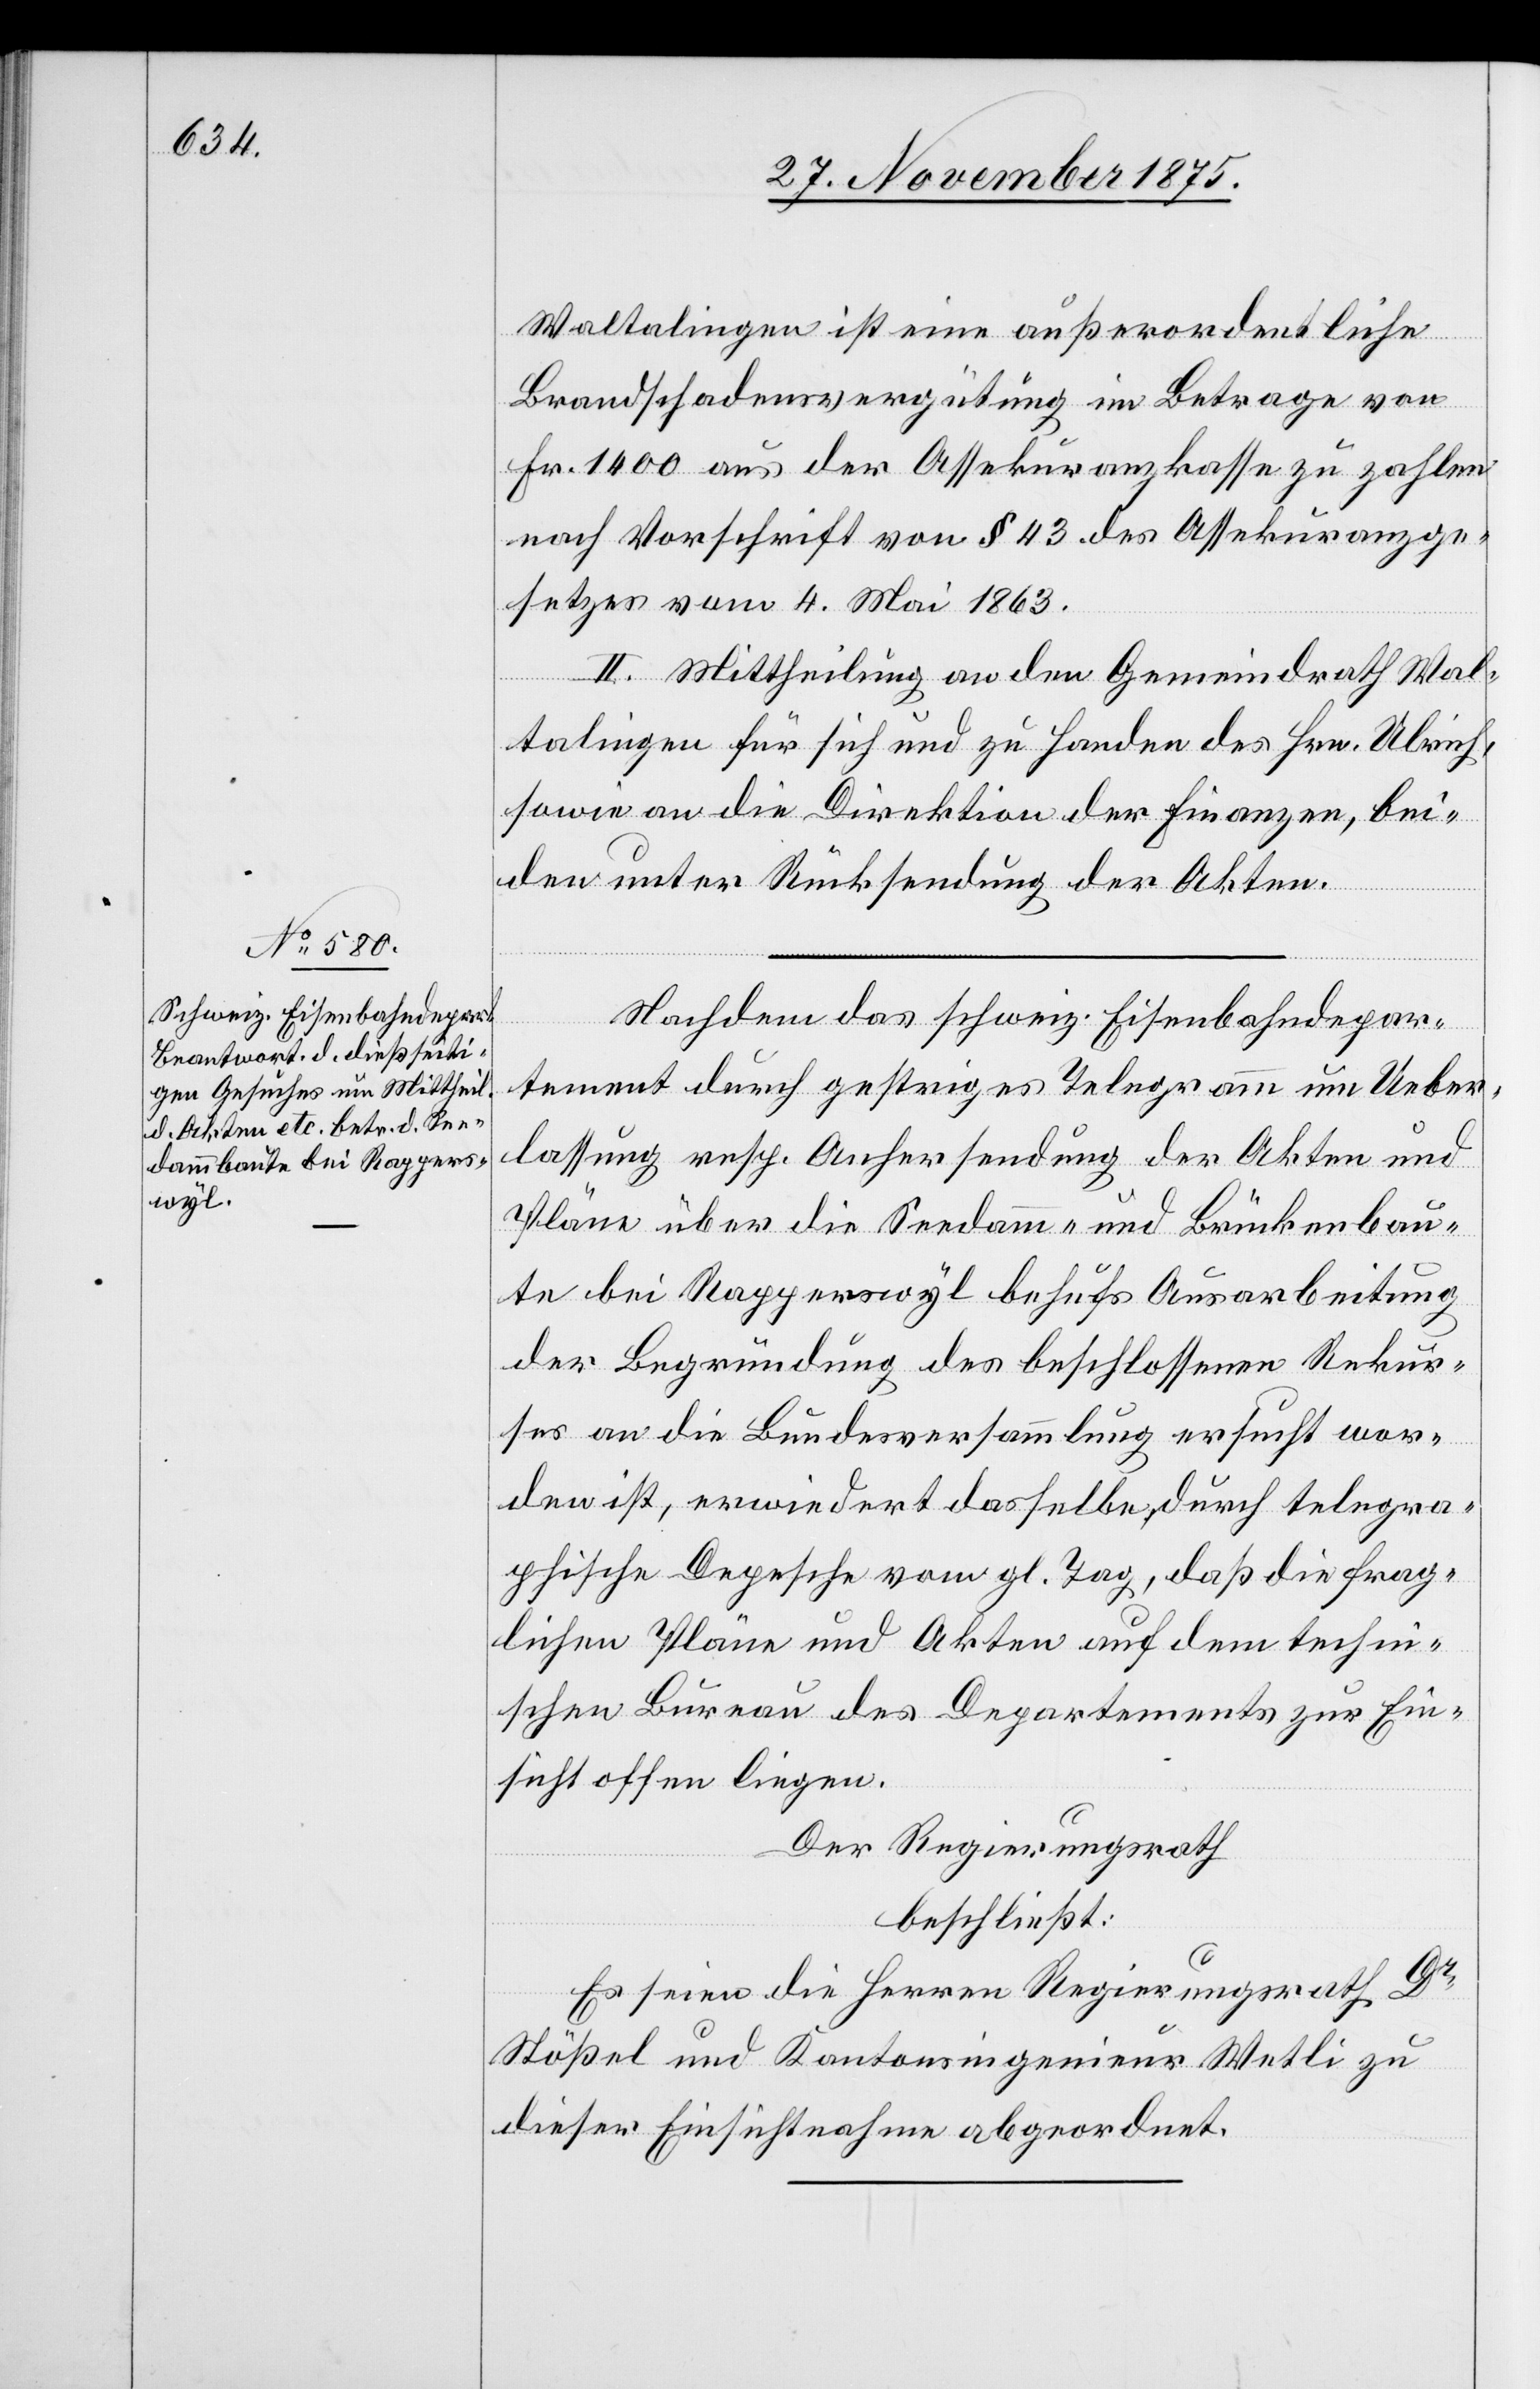
Waltalingen ist eine außerordentliche
Brandschadensvergütung im Betrage von
Fr. 1400 aus der Assekuranzkasse zu zahlen
nach Vorschrift von § 43 des Assekuranzge¬
setzes vom 4. Mai 1863.
II. Mittheilung an den Gemeindrath Wal¬
talingen für sich und zu Handen des Hrn. Ulrich,
sowie an die Direktion der Finanzen, bei¬
den unter Rücksendung der Akten.
Nachdem das schweiz. Eisenbahndepar¬
tement durch gestriges Telegramm um Ueber¬
lassung resp. Anhersendung der Akten und
Pläne über die Seedamm- und Brückenbau¬
te bei Rapperswyl behufs Ausarbeitung
der Begründung des beschlossenen Rekur¬
ses an die Bundesversammlung ersucht wor¬
den ist, erwiedert dasselbe, durch telegra¬
phische Depesche vom gl. Tag, daß die frag¬
lichen Pläne und Akten auf dem techn¬
ischen Bureau des Departements zur Ein¬
sicht offen liegen.
Der Regierungsrath
beschließt:
Es seien die Herren Regierungsrath Dr
Stößel und Kantonsingenieur Wetli zu
dieser Einsichtnahme abgeordnet.